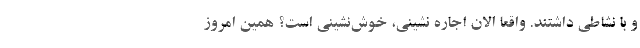
و با نشاطی داشتند. واقعا الان اجاره نشینی، خوش‌نشینی است؟ همین امروز